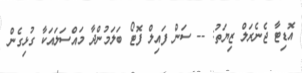
އޮޑިޓާ ޖެނެރަލް ޒިޔަތު: -- ސަން ފައިލް ފޮޓޯ ބަލަމުންދާ މައްސަލައަކާ ގުޅިގެން